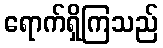
ရောက်ရှိကြသည်